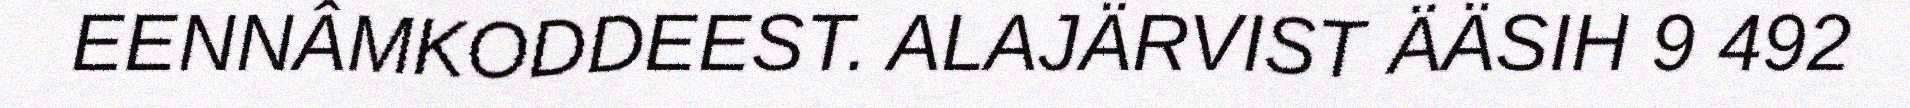
EENNÂMKODDEEST. ALAJÄRVIST ÄÄSIH 9 492